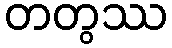
တတွဿ